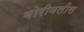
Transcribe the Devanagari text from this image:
बोरीवलीस